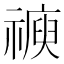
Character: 𥛩